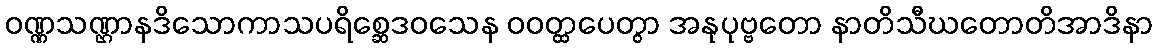
ဝဏ္ဏသဏ္ဌာနဒိသောကာသပရိစ္ဆေဒဝသေန ဝဝတ္ထပေတွာ အနုပုဗ္ဗတော နာတိသီဃတောတိအာဒိနာ